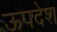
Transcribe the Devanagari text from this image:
ऊपदेश